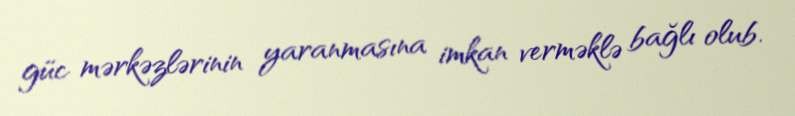
güc mərkəzlərinin yaranmasına imkan verməklə bağlı olub.